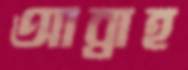
আব্রাহ